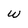
Character: w